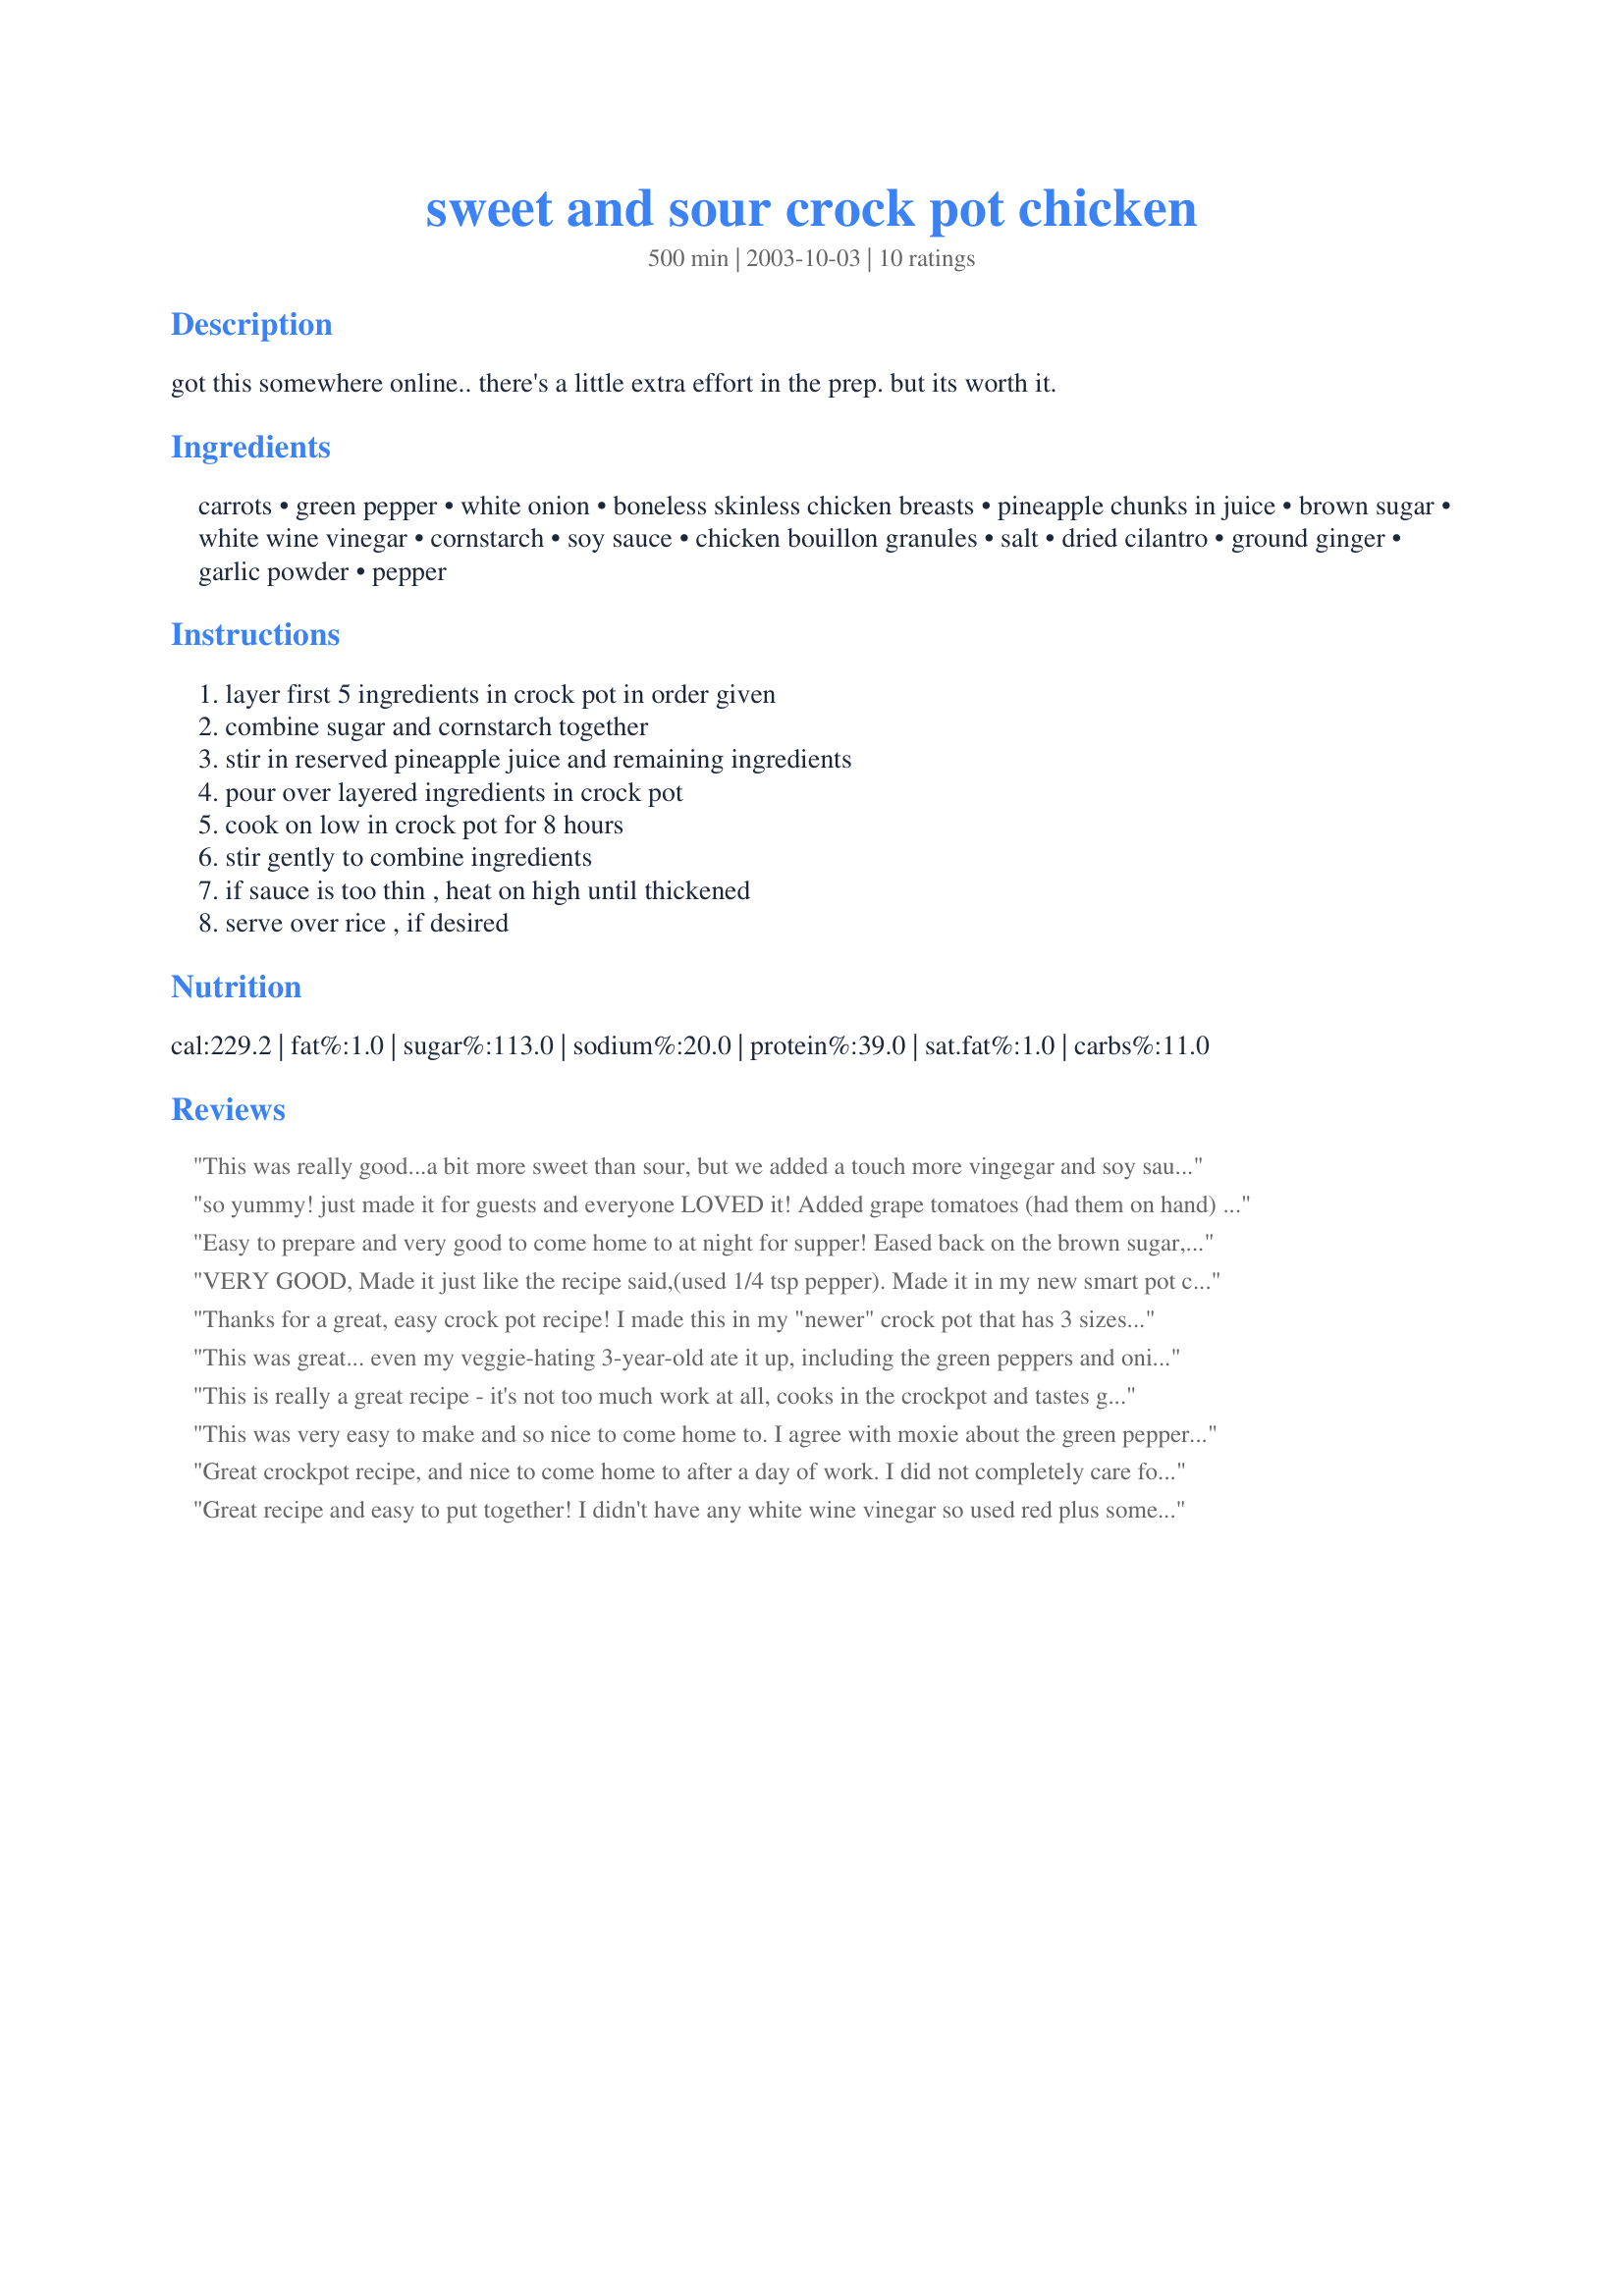
sweet and sour crock pot chicken
Preparation time: 500 minutes

got this somewhere online.. there's a little extra effort in the prep. but its worth it.

Ingredients:
carrots, green pepper, white onion, boneless skinless chicken breasts, pineapple chunks in juice, brown sugar, white wine vinegar, cornstarch, soy sauce, chicken bouillon granules, salt, dried cilantro, ground ginger, garlic powder, pepper

Steps:
layer first 5 ingredients in crock pot in order given, combine sugar and cornstarch together, stir in reserved pineapple juice and remaining ingredients, pour over layered ingredients in crock pot, cook on low in crock pot for 8 hours, stir gently to combine ingredients, if sauce is too thin , heat on high until thickened, serve over rice , if desired

Reviews:
This was really good...a bit more sweet than sour, but we added a touch more vingegar and soy sauce at the table, and it was very tasty.
so yummy! just made it for guests and everyone LOVED it! Added grape tomatoes (had them on hand) and 1/4 cup ketchup, used 1/2 cup vinegar and backed off on the sugar a bit. Wonderful recipe, thanks!
Easy to prepare and very good to come home to at night for supper!
Eased back on the brown sugar, chose dried parsley over cilantro, used 3 breasts. Makes 3-4 hearty servings over rice. Somehow...my tastebuds didn't get the 'kick' they were hoping for...next time I'll add more tamari sauce, maybe fresh minced garlic, hmmm....thanks for posting this recipe!
VERY GOOD, Made it just like the recipe said,(used 1/4 tsp pepper). Made it in my new smart pot crockpot.The house smelled so good and the Sweet & Sour Crockpot Chicken is yummy over rice.
Thanks for a great, easy crock pot recipe! I made this in my "newer" crock pot that has 3 sizes to choose from (as opposed to the one that is 14 yrs. old) which tends to cook much hotter. I wanted it to be ready for lunch when we got home from church today.....I used the 4 qt. pot and set it on low on the 2 qt. setting (due to the way it cooks hotter). Everything was done and cooked just right when we got home (approx. 4 hrs). I used up my green pepper that I had bought for this in another recipe, so threw in some frozen broccoli cuts instead. I also added a little more soy sauce and some ketchup as another reviewer did to adjust the sauce more to our liking. I will probably use a different sweet and sour sauce that I prefer a little more to this one next time, but this one was really good too!
This was great... even my veggie-hating 3-year-old ate it up, including the green peppers and onions! I had the meat counter cut the chicken into cubes for me, and used bagged baby carrots, so prep was a breeze.
I added the green pepper half-way through and it was still mushy. Next time I'll add it the last hour. My crockpot cooks fast, so this was done in about 6 1/2 hours. Thanks for posting!
Lori
This is really a great recipe - it's not too much work at all, cooks in the crockpot and tastes great with some plain old rice. Didn't change a thing except a yellow onion in place of the white onion and really enjoyed it last night. Thanks!
This was very easy to make and so nice to come home to. I agree with moxie about the green peppers. I wonder if adding them in about half-way into the cooking time would make a difference?? I think I will try that next time. The sauce had a very delicious flavor and the kids and husband liked it. Thanks Miraklegirl for sharing this recipe.
Great crockpot recipe, and nice to come home to after a day of work. I did not completely care for the texture of the bell peppers in the crockpot -- I miss the "al dente" feel to them you get in a stir-fry. But the flavors of this are lovely. Thanks for sharing it, Miraklegirl!
Great recipe and easy to put together! I didn't have any white wine vinegar so used red plus some snow peas that were in the fridge. Thanks Miraklegirl for sharing this keepr recipe. We will be having this often.
